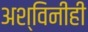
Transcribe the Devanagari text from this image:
अश्विनीही